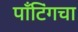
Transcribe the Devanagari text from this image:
पाँटिंगचा